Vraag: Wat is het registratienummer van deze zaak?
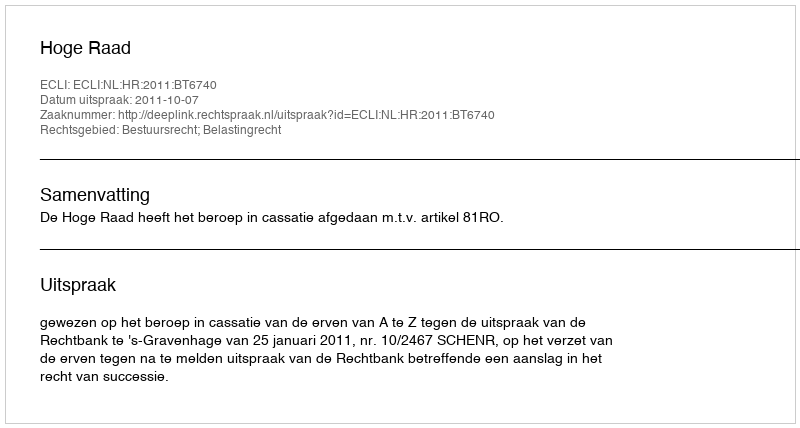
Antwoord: http://deeplink.rechtspraak.nl/uitspraak?id=ECLI:NL:HR:2011:BT6740